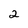
Character: 2